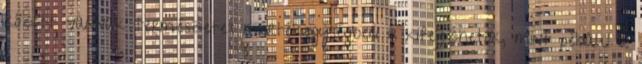
között vannak természetes mértékegységben is kifejezhetők, mint például a